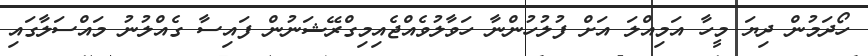
ހޯދަމުން ދިޔަ މީހާ އަމިއްލަ އަށް ފުލުހުންނާ ހަވާލުވެއްޖެއިމިގްރޭޝަނުން ފައިސާ ގެއްލުނު މައްސަލާގައި